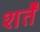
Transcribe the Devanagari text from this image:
शर्तेँ